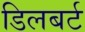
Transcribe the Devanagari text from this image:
डिलबर्ट